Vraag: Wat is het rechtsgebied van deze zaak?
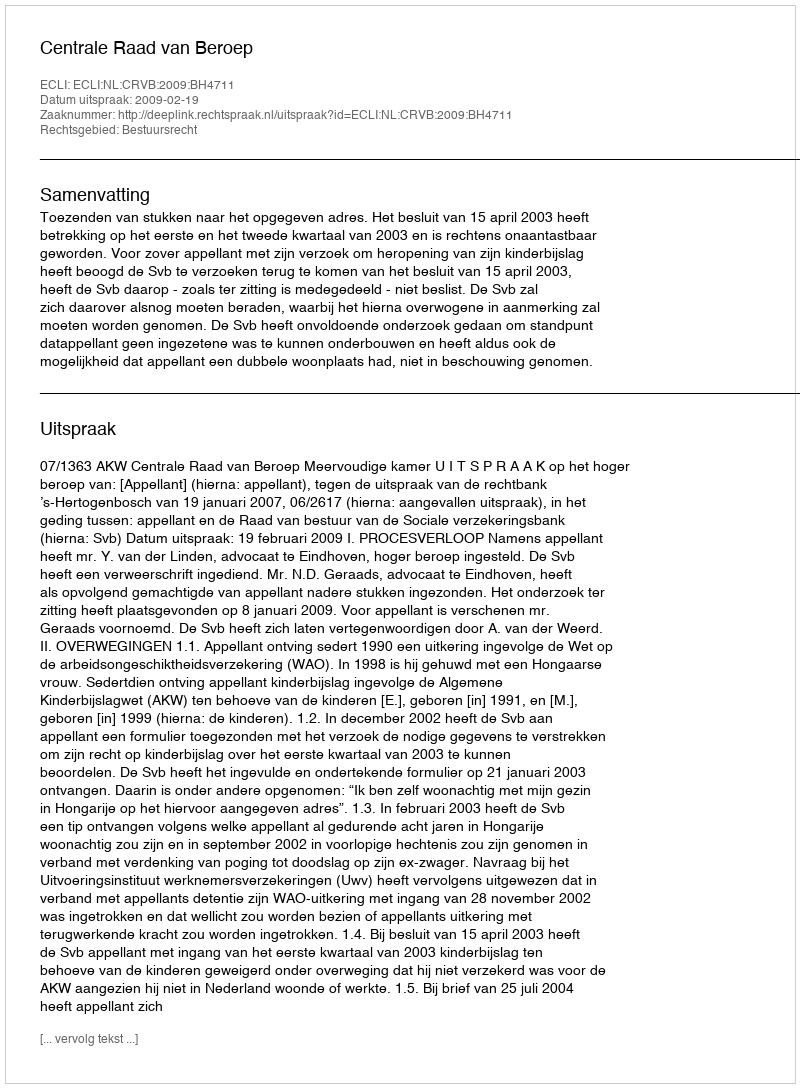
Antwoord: Bestuursrecht